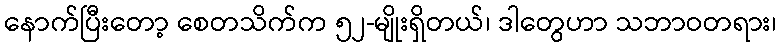
နောက်ပြီးတော့ စေတသိက်က ၅၂-မျိုးရှိတယ်၊ ဒါတွေဟာ သဘာဝတရား၊